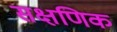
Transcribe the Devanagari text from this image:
सक्षणिक